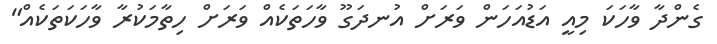
ގެންދާ ވާހަކަ މިއީ އަޑުއަހަން ވަރަށް އުނދަގޫ ވާހަތަކެއް ވަރަށް ހިތާމަކުރާ ވާހަކަތަކެއް"